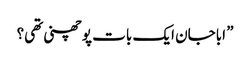
” اباجان ایک بات پوچھنی تھی؟